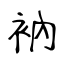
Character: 衲